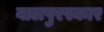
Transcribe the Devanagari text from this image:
बालपुरस्कार